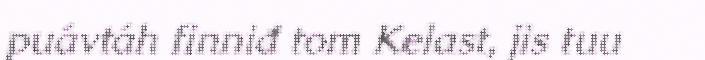
puávtáh finniđ tom Kelast, jis tuu